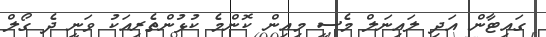
ގައިޓާން އަދި ލައިނަލް މެސީ މިއިން ކޮންމެ ކުޅުންތެރިއަކު ވަނީ ދެ ގޯލް